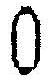
0